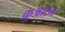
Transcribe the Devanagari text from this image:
कुआरन